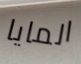
المايا